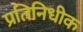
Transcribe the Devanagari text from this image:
प्रतिनिधीक